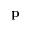
\mathbf { p }